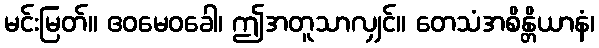
မင်းမြတ်။ ဧဝမေဝခေါ၊ ဤအတူသာလျှင်။ တေသံအစိန္တိယာနံ၊